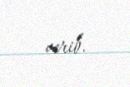
verib.